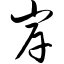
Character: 岸